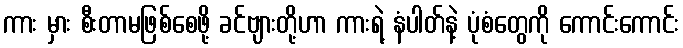
ကား မှား စီးတာမဖြစ်စေဖို့ ခင်ဗျားတို့ဟာ ကားရဲ့ နံပါတ်နဲ့ ပုံစံတွေကို ကောင်းကောင်း